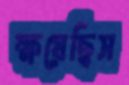
ক্ষয়েছিস